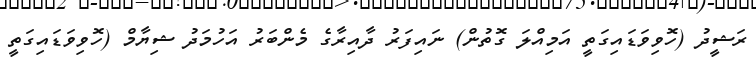
ރަޝީދު (ހޮވިވަޑައިގަތީ އަމިއްލަ ގޮތުން) ނައިފަރު ދާއިރާގެ މެންބަރު އަހުމަދު ޝިޔާމް (ހޮވިވަޑައިގަތީ